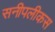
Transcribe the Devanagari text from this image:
सनीपलीकस